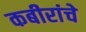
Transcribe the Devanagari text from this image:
कबीरांचे